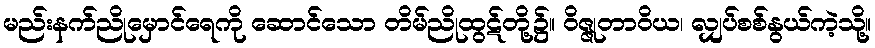
မည်းနက်ညိုမှောင်ရေကို ဆောင်သော တိမ်ညိုထွဋ်တို့၌။ ဝိဇ္ဇုတာဝိယ၊ လျှပ်စစ်နွယ်ကဲ့သို့။